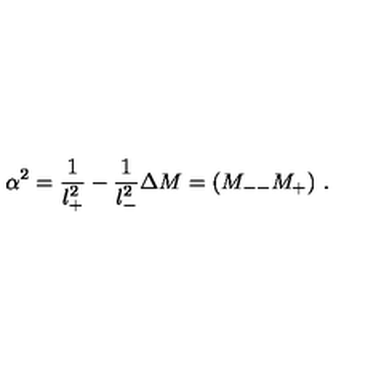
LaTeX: \alpha ^ { 2 } = \frac { 1 } { l _ { + } ^ { 2 } } - \frac { 1 } { l _ { - } ^ { 2 } } \Delta M = ( M _ { -- } M _ { + } ) \ .